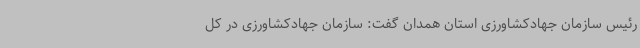
رئیس سازمان جهادکشاورزی استان همدان گفت: سازمان جهادکشاورزی در کل‌